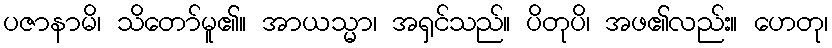
ပဇာနာမိ၊ သိတော်မူ၏။ အာယသ္မာ၊ အရှင်သည်။ ပိတုပိ၊ အဖ၏လည်း။ ဟေတု၊